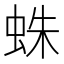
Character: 蛛